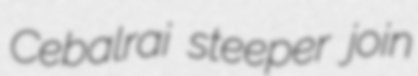
Cebalrai steeper join